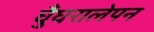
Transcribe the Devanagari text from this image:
घुँघरालेपन